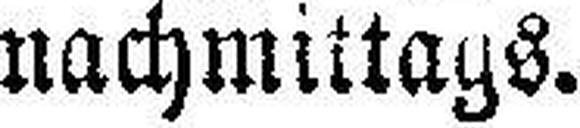
nachmittags.